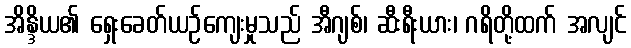
အိန္ဒိယ၏ ရှေးခေတ်ယဉ်ကျေးမှုသည် အီဂျစ်၊ ဆီးရီးယား၊ ဂရိတို့ထက် အလျင်